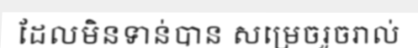
ដែលមិនទាន់បាន សម្រេចរួចរាល់